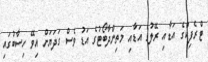
ޓްރެފިކްގެ އަޑާއި ރޭލުގެ އަޑާއި މަތިންދާބޯޓުގެ އަޑު ވެސް ގަދަޔަށް އިވޭ ހިސާބުގައި